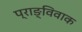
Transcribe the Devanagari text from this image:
प्राङ्विवाक